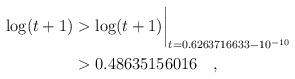
LaTeX: \begin{align*} \log(t+1)& > \log(t+1)\biggr\rvert_{t=0.6263716633 - 10^{-10}} \\& > 0.48635156016\quad , \end{align*}